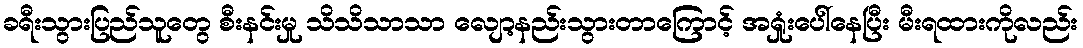
ခရီးသွားပြည်သူတွေ စီးနင်းမှု သိသိသာသာ လျော့နည်းသွားတာကြောင့် အရှုံးပေါ်နေပြီး မီးရထားကိုလည်း